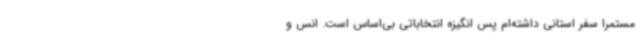
مستمراً سفر استانی داشته‌ام پس انگیزه انتخاباتی بی‌اساس است. انس و